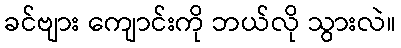
ခင်ဗျား ကျောင်းကို ဘယ်လို သွားလဲ။